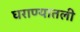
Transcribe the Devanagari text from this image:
घराण्यातली